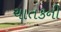
ચાતકની